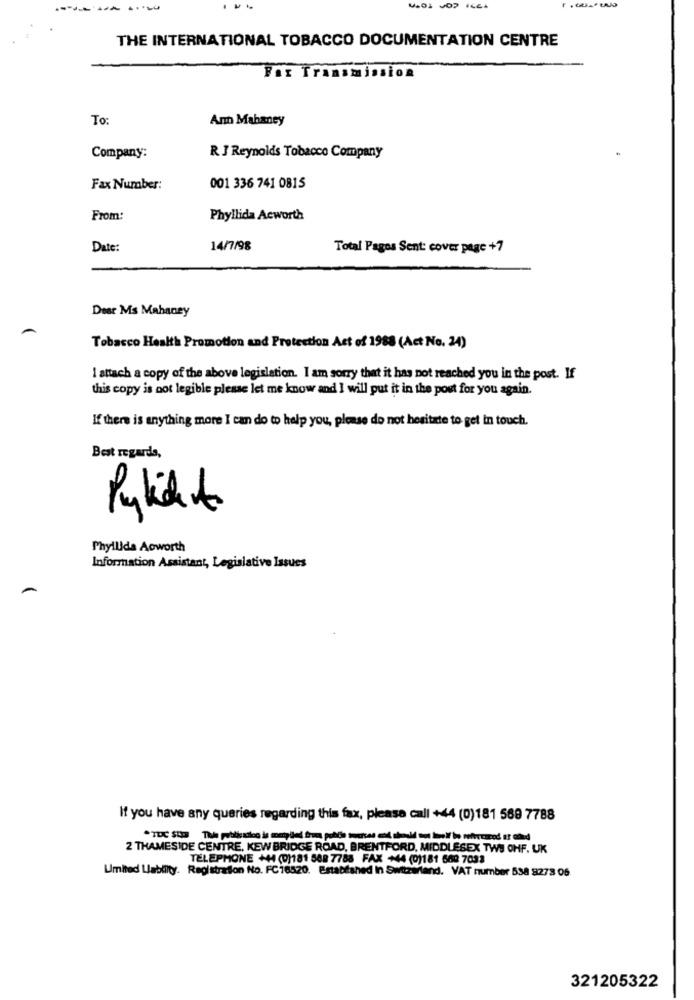
THE INTERNATIONAL TOBACCO DOCUMENTATION CENTRE
For Transmission
To:
Ann Mahaney
Company:
R J Reynolds Tobacco Company
Fax Number:
001 336 741 0815
From:
Phyllida Acworth
Date:
14/7/98
Total Pagos Sent: cover page +7
Dear Ms Mahaney
Tobacco Health Promotion and Protection Act of 1968 (Act No. 24)
I attach a copy of the above legislation. I am sorry that it has not reached you in the post. If
this copy is not legible please let me know and I will put it in the post for you again.
If there is anything more I can do to help you, please do not hesitate to get in touch.
Best regards,
Pykidit
Phyllida Acworth
Information Assistant, Legislative Issues
If you have any queries regarding this fax, please call +44 (0)181 569 7788
2 THAMESIDE CENTRE, KEW BRIDGE ROAD, BRENTFORD, MIDDLESEX TWS OHF. UK
TELEPHONE +44 (0)181 588 7788 FAX +44 (0)181 668 7033
Umited Llablity. Registration No. FC18520. Established In Switzerland. VAT number 538 8273 05
321205322